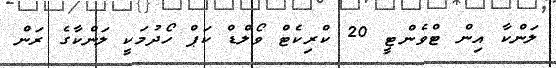
ލަންކާ އިން ޓްވެންޓީ 20 ކްރިކެޓް ވޯލްޑް ކަޕް ހޯދުމަކީ ލަންކާގެ ރަން